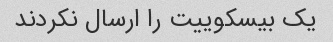
یک بیسکوییت را ارسال نکردند